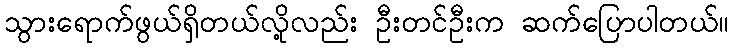
သွားရောက်ဖွယ်ရှိတယ်လို့လည်း ဦးတင်ဦးက ဆက်ပြောပါတယ်။